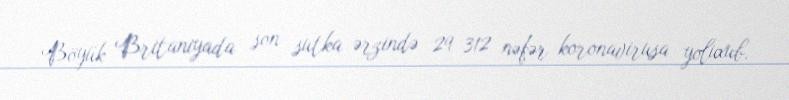
Böyük Britaniyada son sutka ərzində 29 312 nəfər koronavirusa yoluxub.